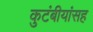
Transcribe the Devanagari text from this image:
कुटंबीयांसह